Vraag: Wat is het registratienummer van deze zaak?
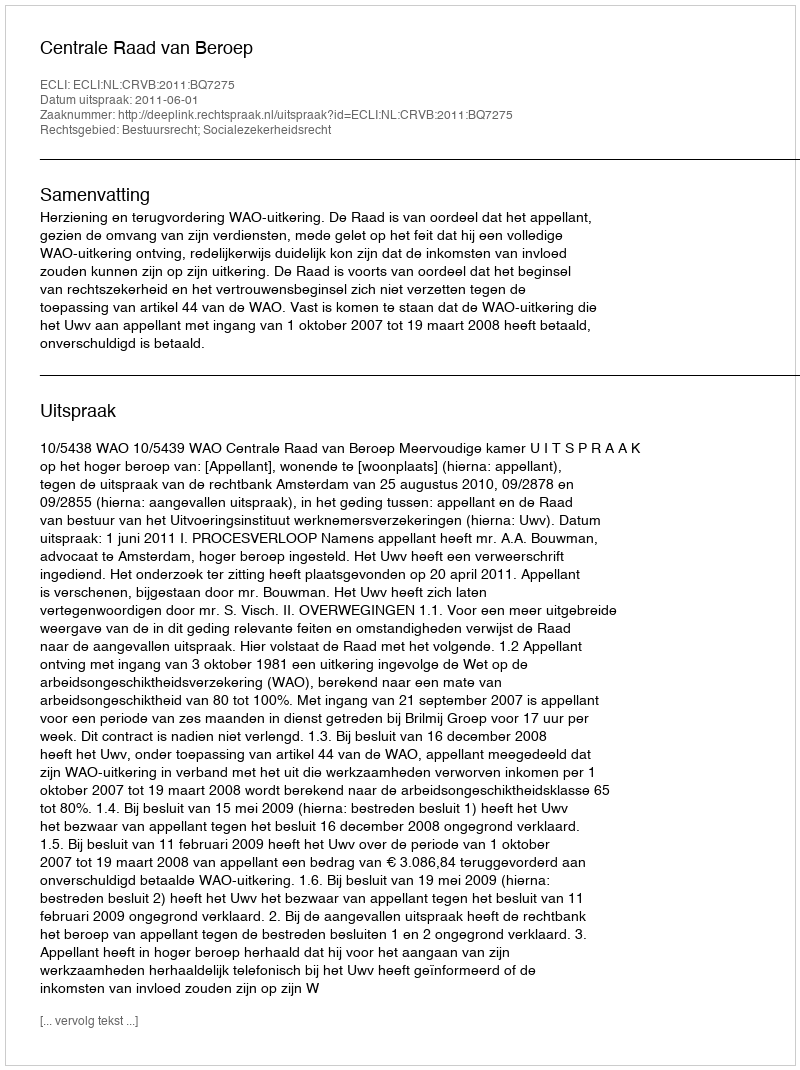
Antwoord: http://deeplink.rechtspraak.nl/uitspraak?id=ECLI:NL:CRVB:2011:BQ7275